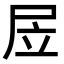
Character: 㞐